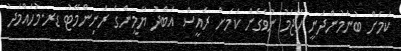
ކަމަށް ބުނަމުންދަނީ ހަޖަމު ނުވެގެން ކަމަށް ރައީސް އަބްދު ޔާމީންގެ ރަނިންމޭޓު ޑރ.މުހައްމަދު